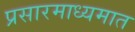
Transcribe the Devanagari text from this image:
प्रसारमाध्यमात